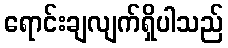
ရောင်းချလျက်ရှိပါသည်